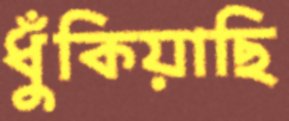
ধুঁকিয়াছি